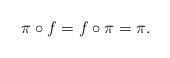
\begin{align*}\pi \circ f = f \circ \pi = \pi.\end{align*}